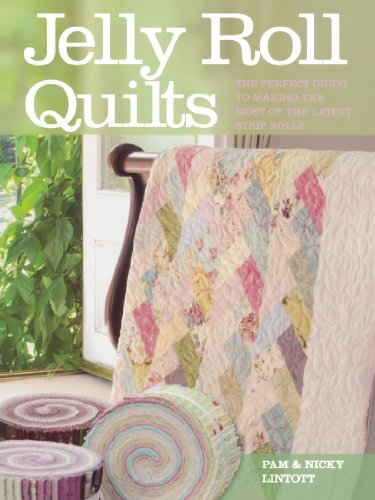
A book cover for Jelly Roll Quilts; Pam Lintott; Crafts, Hobbies & Home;